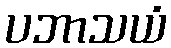
ပဘာသယံ